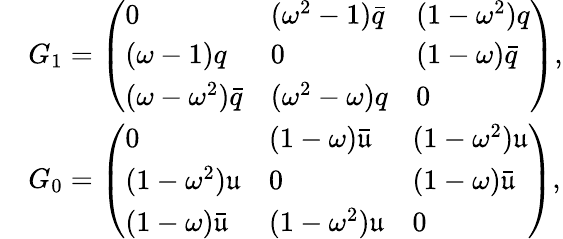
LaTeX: \begin{array}{rl}&{G_{1}=\left(\begin{array}{lll}{0}&{(\omega^{2}-1)\bar{q}}&{(1-\omega^{2})q}\\ {(\omega-1)q}&{0}&{(1-\omega)\bar{q}}\\ {(\omega-\omega^{2})\bar{q}}&{(\omega^{2}-\omega)q}&{0}\end{array}\right),}\\ &{G_{0}=\left(\begin{array}{lll}{0}&{(1-\omega)\bar{\mathfrak{u}}}&{(1-\omega^{2})\mathfrak{u}}\\ {(1-\omega^{2})\mathfrak{u}}&{0}&{(1-\omega)\bar{\mathfrak{u}}}\\ {(1-\omega)\bar{\mathfrak{u}}}&{(1-\omega^{2})\mathfrak{u}}&{0}\end{array}\right),}\end{array}